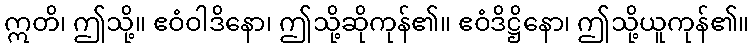
ဣတိ၊ ဤသို့။ ဧဝံဝါဒိနော၊ ဤသို့ဆိုကုန်၏။ ဧဝံဒိဋ္ဌိနော၊ ဤသို့ယူကုန်၏။